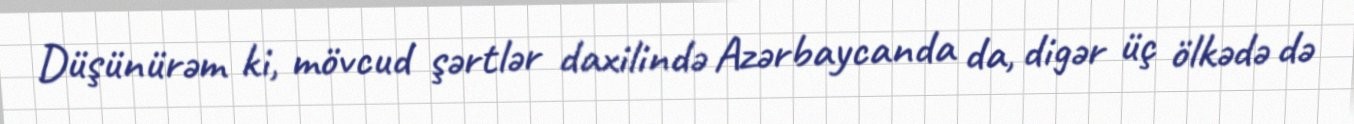
Düşünürəm ki, mövcud şərtlər daxilində Azərbaycanda da, digər üç ölkədə də